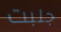
جلبت